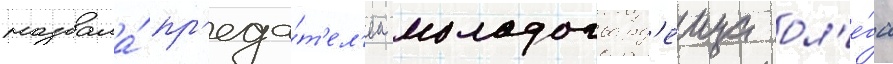
назвала́ пр'еда́т'ел'ем молодогвард'еица ол'е́га